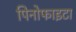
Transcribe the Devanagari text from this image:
पिनोफाइटा